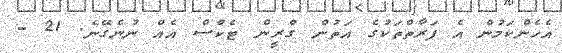
އެހެންކަމުން އެ ފަރާތްތަކުގެ އަތުން ގްރީން ޓެކްސް އެއް ނުނެގޭނެ. 21 -